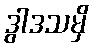
ဒွါဒသမှိ